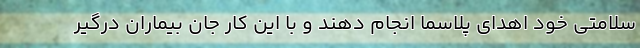
سلامتی خود اهدای پلاسما انجام دهند و با این کار جان بیماران درگیر